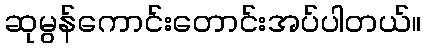
ဆုမွန်ကောင်းတောင်းအပ်ပါတယ်။